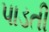
પાડતી